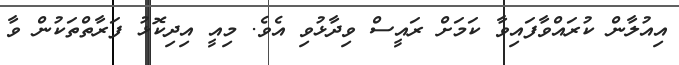
އިއުލާން ކުރައްވާފައިވާ ކަމަށް ރައީސް ވިދާޅުވި އެވެ. މިއީ އިދިކޮޅު ފަރާތްތަކުން ވާ